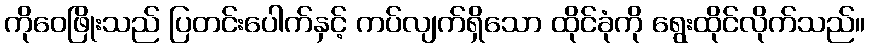
ကိုဝေဖြိုးသည် ပြတင်းပေါက်နှင့် ကပ်လျက်ရှိသော ထိုင်ခုံကို ရွေးထိုင်လိုက်သည်။